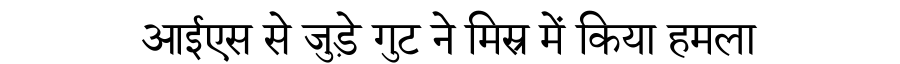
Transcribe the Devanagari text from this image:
आईएस से जुड़े गुट ने मिस्र में किया हमला